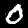
Label: 0